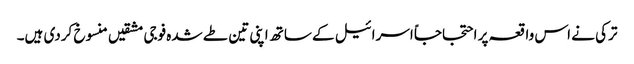
ترکی نے اس واقعہ پر احتجاجاً اسرائیل کے ساتھ اپنی تین طے شدہ فوجی مشقیں منسوخ کردی ہیں۔